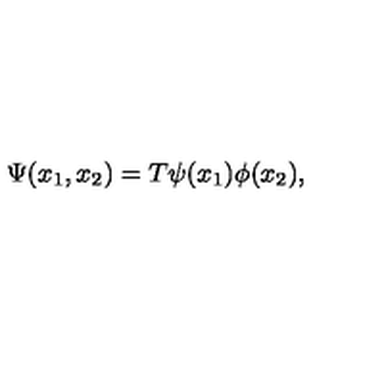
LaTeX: \Psi ( x _ { 1 } , x _ { 2 } ) = T \psi ( x _ { 1 } ) \phi ( x _ { 2 } ) ,